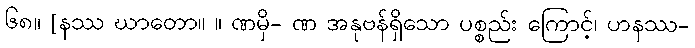
၆၈။ [နဿ ဃာတော။ ။ ဏမှိ- ဏ အနုဗန်ရှိသော ပစ္စည်း ကြောင့်၊ ဟနဿ-